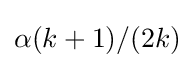
\alpha (k+1)/(2k)